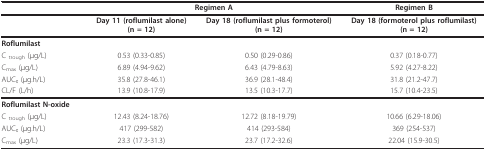
<table><thead><tr><td></td><td colspan="2"><b>Regimen A</b></td><td><b>Regimen B</b></td></tr></thead><tbody><tr><td></td><td><b>Day 11 (roflumilast alone)</b><b>(n = 12)</b></td><td><b>Day 18 (roflumilast plus formoterol)</b><b>(n = 12)</b></td><td><b>Day 18 (formoterol plus roflumilast)</b><b>(n = 12)</b></td></tr><tr><td><b>Roflumilast</b></td><td></td><td></td><td></td></tr><tr><td>C <sub>trough</sub> (μg/L)</td><td>0.53 (0.33-0.85)</td><td>0.50 (0.29-0.86)</td><td>0.37 (0.18-0.77)</td></tr><tr><td>C<sub>max </sub>(μg/L)</td><td>6.89 (4.94-9.62)</td><td>6.43 (4.79-8.63)</td><td>5.92 (4.27-8.22)</td></tr><tr><td>AUC<sub>τ </sub>(μg.h/L)</td><td>35.8 (27.8-46.1)</td><td>36.9 (28.1-48.4)</td><td>31.8 (21.2-47.7)</td></tr><tr><td>CL/F (L/h)</td><td>13.9 (10.8-17.9)</td><td>13.5 (10.3-17.7)</td><td>15.7 (10.4-23.5)</td></tr><tr><td><b>Roflumilast N-oxide</b></td><td></td><td></td><td></td></tr><tr><td>C <sub>trough</sub> (μg/L)</td><td>12.43 (8.24-18.76)</td><td>12.72 (8.18-19.79)</td><td>10.66 (6.29-18.06)</td></tr><tr><td>AUC<sub>τ </sub>(μg.h/L)</td><td>417 (299-582)</td><td>414 (293-584)</td><td>369 (254-537)</td></tr><tr><td>C<sub>max </sub>(μg/L)</td><td>23.3 (17.3-31.3)</td><td>23.7 (17.2-32.6)</td><td>22.04 (15.9-30.5)</td></tr></tbody></table>